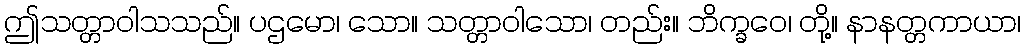
ဤသတ္တာဝါသသည်။ ပဌမော၊ သော။ သတ္တာဝါသော၊ တည်း။ ဘိက္ခဝေ၊ တို့။ နာနတ္တကာယာ၊